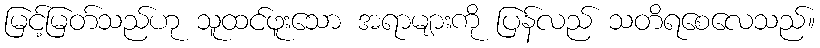
မြင့်မြတ်သည်ဟု သူထင်ဖူးသော အရာများကို ပြန်လည် သတိရစေလေသည်။